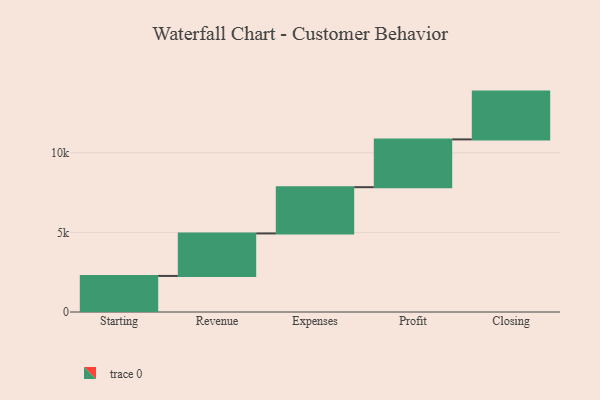
{"axis": {"x": "Step", "y": "Value"}, "legend": [""], "data": [{"x": "Starting", "y": 2264.0, "type": ""}, {"x": "Revenue", "y": 2668.0, "type": ""}, {"x": "Expenses", "y": 2904.0, "type": ""}, {"x": "Profit", "y": 3000, "type": ""}, {"x": "Closing", "y": 3000, "type": ""}]}